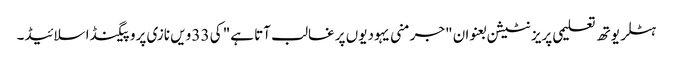
ہٹلر یوتھ تعلیمی پریزنٹیشن بعنوان "جرمنی یہودیوں پر غالب آتا ہے" کی 33 ویں نازی پروپیگنڈا سلائیڈ۔